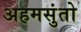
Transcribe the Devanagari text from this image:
अहमसुंतो